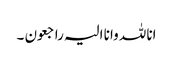
انا للہ وانا الیہ راجعون ۔